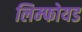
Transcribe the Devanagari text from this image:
लिम्फोयड